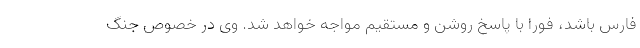
فارس باشد، فورا با پاسخ روشن و مستقیم مواجه خواهد شد. وی در خصوص جنگ